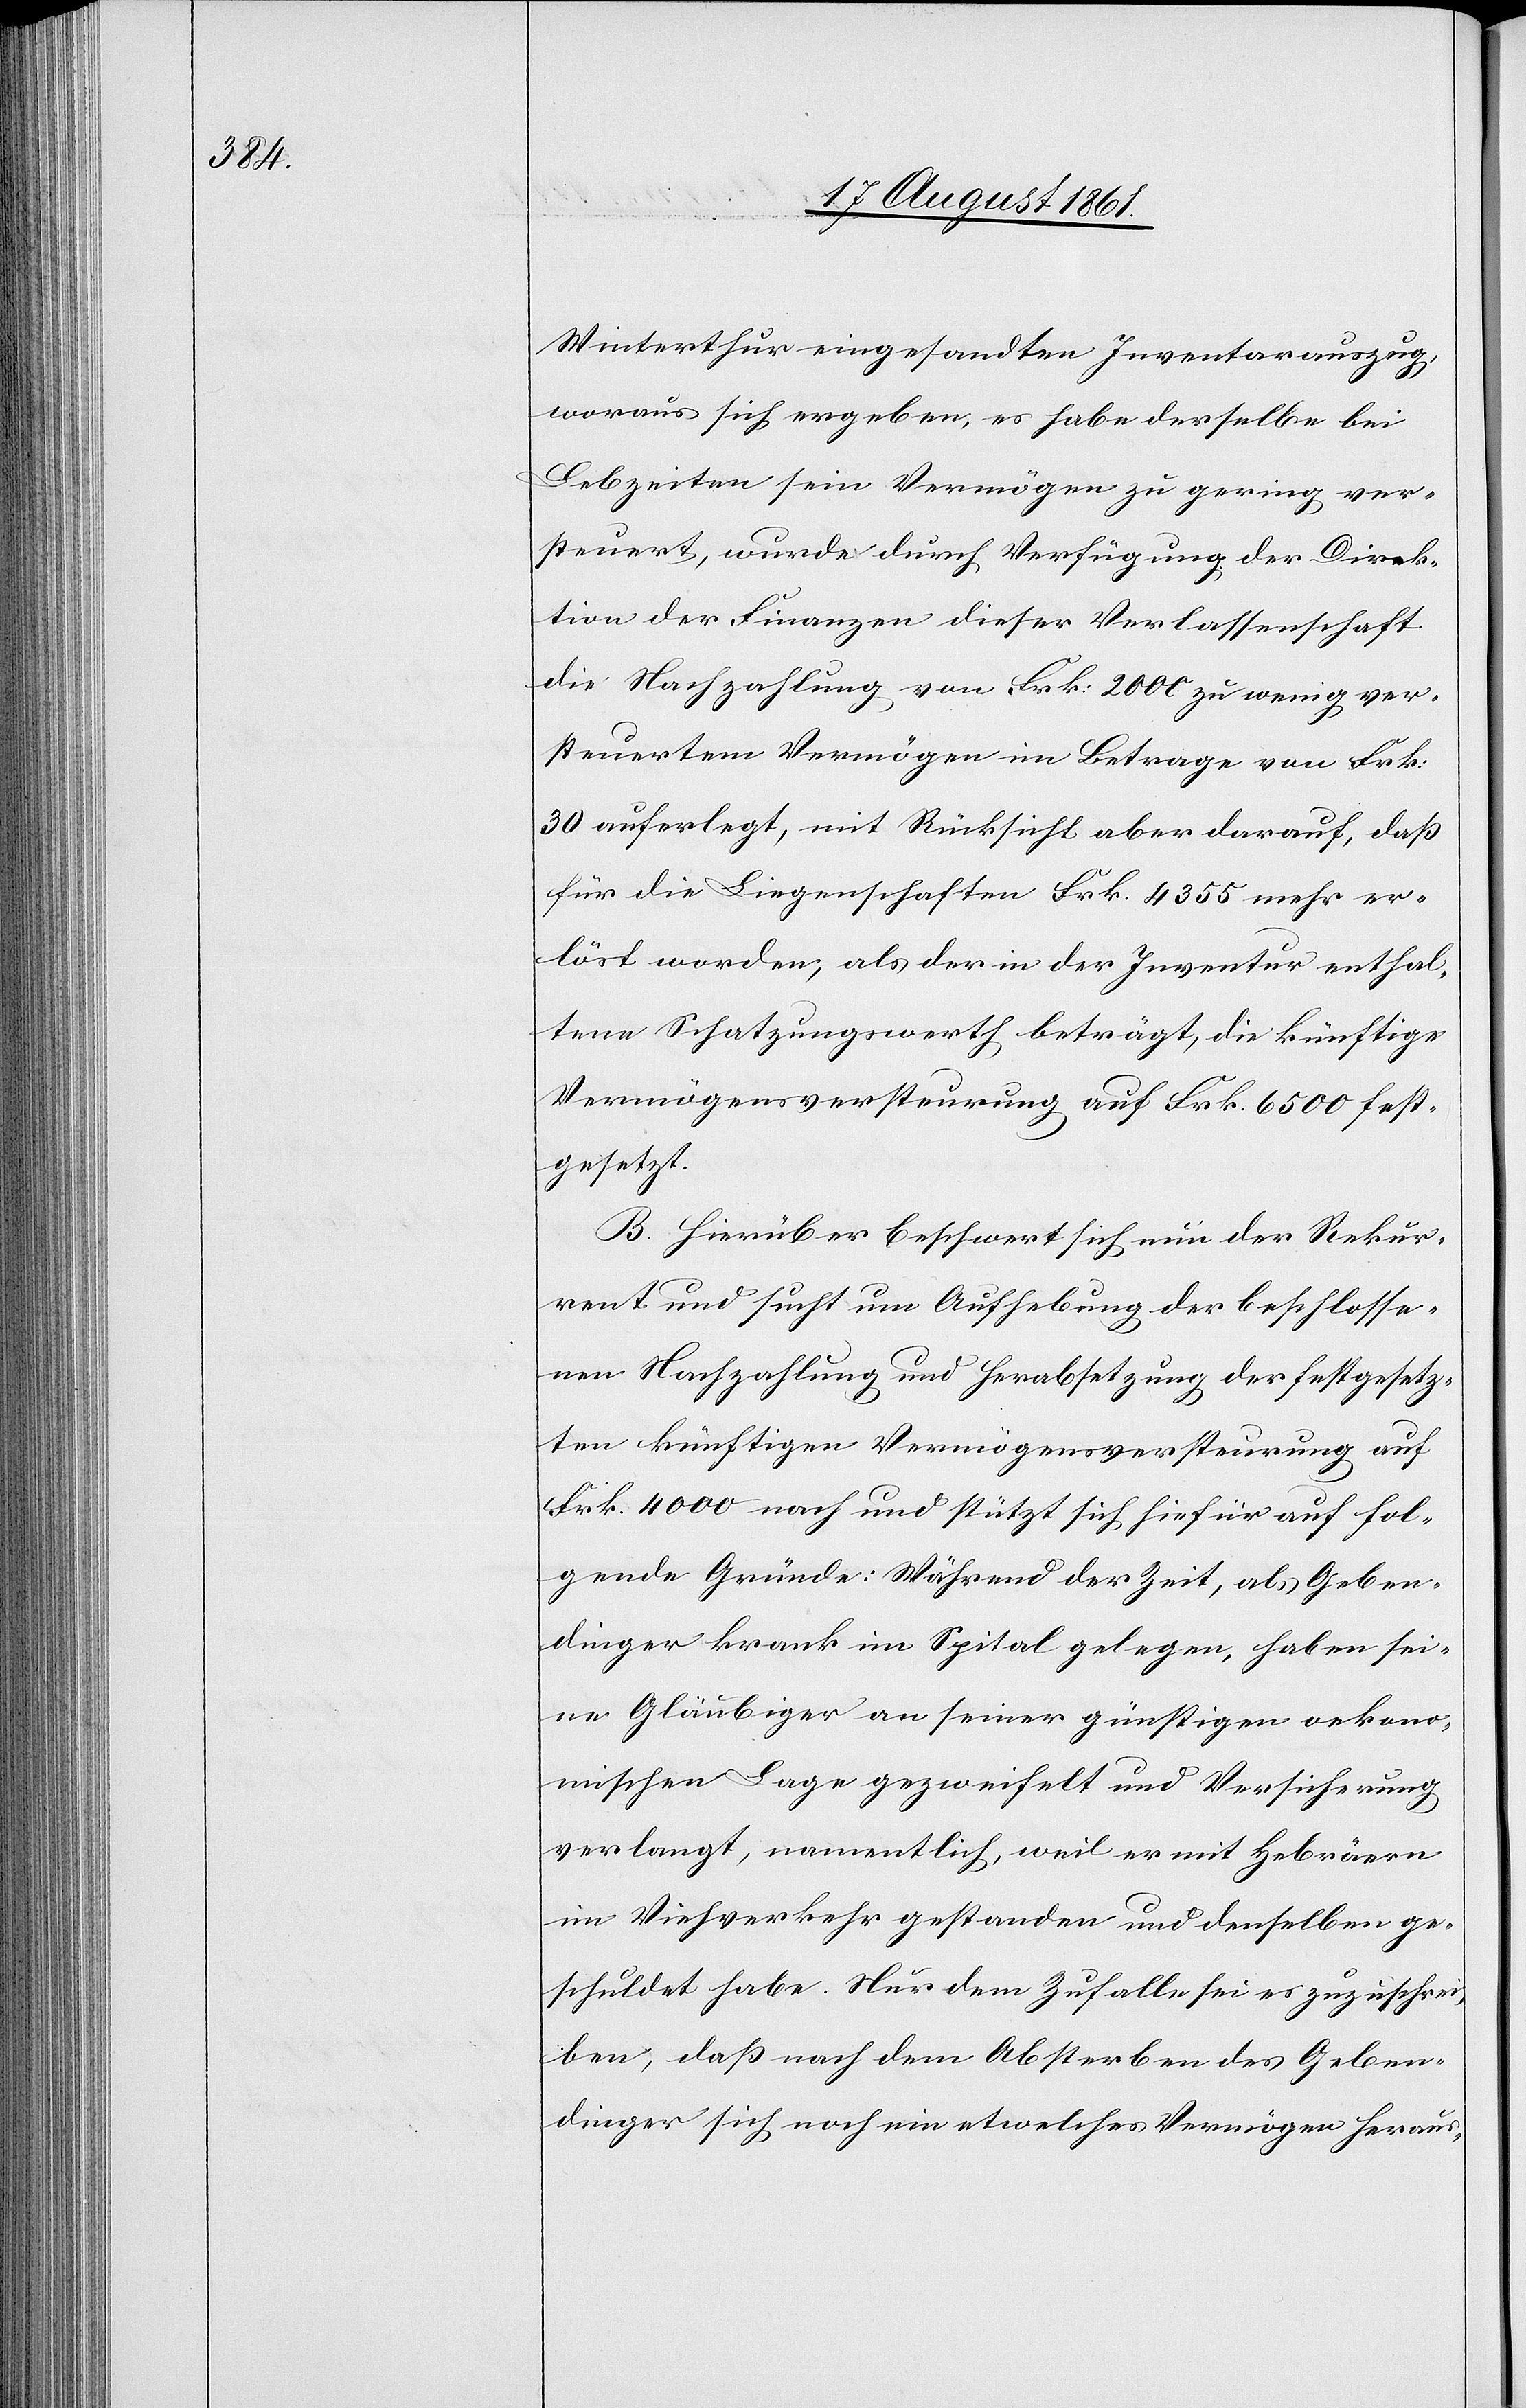
Winterthur eingesandten Inventarauszug,
woraus sich ergeben, es habe derselbe bei
Lebzeiten sein Vermögen zu gering ver¬
steuert, wurde durch Verfügung der Direk¬
tion der Finanzen dieser Verlassenschaft
die Nachzahlung von Frk. 2000 zu wenig ver¬
steuertem Vermögen im Betrage von Frk.
30 auferlegt, mit Rücksicht aber darauf, daß
für die Liegenschaften Frk. 4355 mehr er¬
löst werden, als der in der Inventur enthal¬
tene Schatzungswerth beträgt, die künftige
Vermögensversteurung auf Frk. 6500 fest¬
gesetzt.
B. Hierüber beschwert sich nun der Rekur¬
rent und sucht um Aufhebung der beschlosse¬
nen Nachzahlung und Herabsetzung der festgesetz¬
ten künftigen Vermögensversteurung auf
Frk. 4000 nach und stützt sich hiefür auf fol¬
gende Gründe: Während der Zeit, als Geben¬
dinger krank im Spital gelegen, haben sei¬
ne Gläubiger an seiner günstigen oekono¬
mischen Lage gezweifelt und Versicherung
verlangt, namentlich, weil er mit Hebräern
im Viehverkehr gestanden und denselben ge¬
schuldet habe. Nur dem Zufalle sei es zuzuschrei¬
ben, daß nach dem Absterben des Geben¬
dinger sich noch ein etwelches Vermögen heraus-